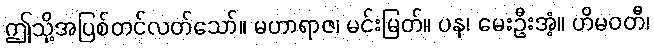
ဤသို့အပြစ်တင်လတ်သော်။ မဟာရာဇ၊ မင်းမြတ်။ ပန၊ မေးဦးအံ့။ ဟိမဝတီ၊